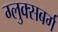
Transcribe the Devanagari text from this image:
ग्लुक्सबर्ग